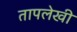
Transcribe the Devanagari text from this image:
तापलेखी